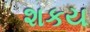
શકય